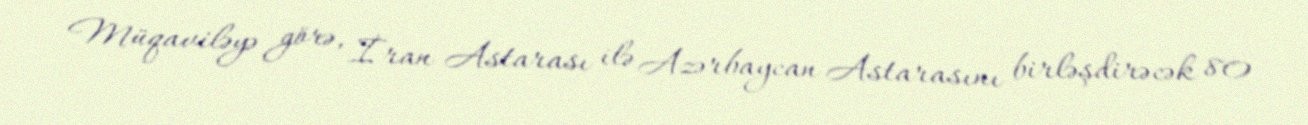
Müqaviləyə görə, İran Astarası ilə Azərbaycan Astarasını birləşdirəcək 80